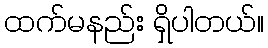
ထက်မနည်း ရှိပါတယ်။